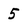
Character: 5